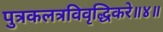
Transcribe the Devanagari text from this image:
पुत्रकलत्रविवृद्धिकरे॥४॥